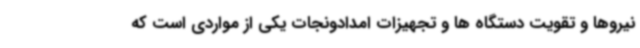
نیروها و تقویت دستگاه ها و تجهیزات امدادونجات یکی از مواردی است که